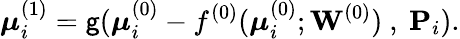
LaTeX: \boldsymbol{\mu}_{i}^{(1)}=\mathsf{g}(\boldsymbol{\mu}_{i}^{(0)}-f^{(0)}(\boldsymbol{\mu}_{i}^{(0)};{\mathbf{W}}^{(0)})~,~\mathbf{{P}}_{i}).